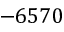
- 6 5 7 0